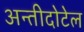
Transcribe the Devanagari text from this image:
अन्तीदोटेल